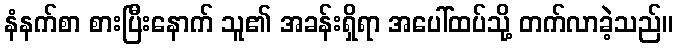
နံနက်စာ စားပြီးနောက် သူ၏ အခန်းရှိရာ အပေါ်ထပ်သို့ တက်လာခဲ့သည်။